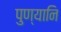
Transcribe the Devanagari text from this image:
पुण्यानि